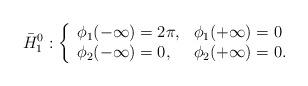
LaTeX: \begin{align*}\bar{H}_1^0 : \left\{ \begin{array}{ll} \phi_1(-\infty) = 2\pi, & \phi_1(+\infty) = 0 \\ \phi_2(-\infty) = 0, & \phi_2(+\infty) = 0. \end{array} \right.\end{align*}